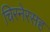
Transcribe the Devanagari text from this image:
चिरनेरसह